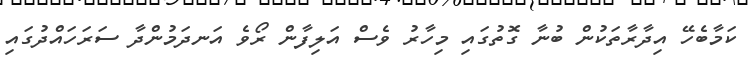
ކަމާބެހޭ އިދާރާތަކުން ބުނާ ގޮތުގައި މިހާރު ވެސް އަލިފާން ރޯވެ އަނދަމުންދާ ސަރަހައްދުގައި